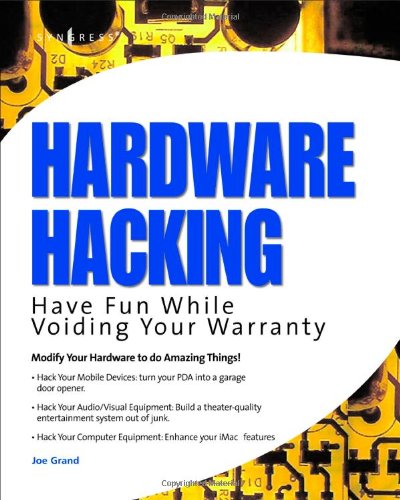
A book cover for Hardware Hacking: Have Fun While Voiding Your Warranty; Joe Grand; Computers & Technology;